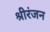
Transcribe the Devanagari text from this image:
श्रीरंजन